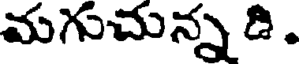
మగుచున్న డి.